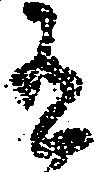
有